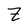
Character: Z